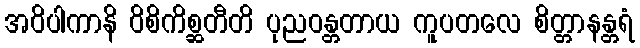
အဝိပါကာနိ ဝိစိကိစ္ဆတီတိ ပုညဝန္တတာယ ကူပတလေ စိတ္တာနန္တရံ